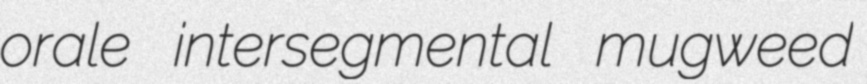
orale intersegmental mugweed